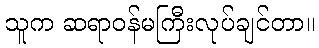
သူက ဆရာဝန်မကြီးလုပ်ချင်တာ။